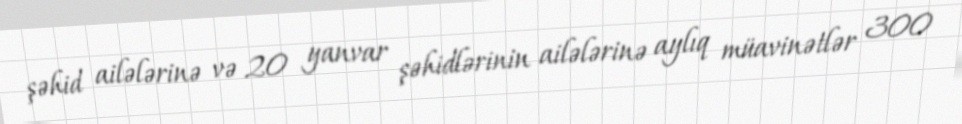
şəhid ailələrinə və 20 yanvar şəhidlərinin ailələrinə aylıq müavinətlər 300